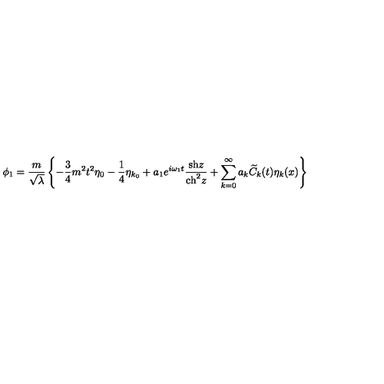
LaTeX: \phi _ { 1 } = \frac { m } { \sqrt \lambda } \left\{ - \frac { 3 } { 4 } m ^ { 2 } t ^ { 2 } { \eta } _ { 0 } - \frac { 1 } { 4 } { \eta } _ { k { _ 0 } } + a _ { 1 } e ^ { i \omega _ { 1 } t } \frac { \mathrm { { s h } } z } { \mathrm { { c h } } ^ { 2 } z } + \sum _ { k = 0 } ^ { \infty } a _ { k } { \widetilde C } _ { k } ( t ) \eta _ { k } ( x ) \right\}